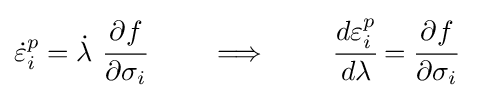
{\dot {\varepsilon }}_{i}^{p}={\dot {\lambda }}~{\cfrac {\partial f}{\partial \sigma _{i}}}\qquad \implies \qquad {\cfrac {d\varepsilon _{i}^{p}}{d\lambda }}={\cfrac {\partial f}{\partial \sigma _{i}}}~